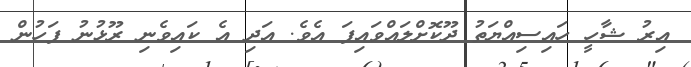
އިރު ޝާހީ ހައިސިއްޔަތު ދޫކޮށްލައްވައިފަ އެވެ. އަދި އެ ކައިވެނި ރޫޅުނު ފަހުން